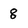
Character: 8